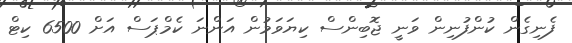
ފެނިގެން ކުންފުނިން ވަނީ ޖޮބިންސް ކިޔަވަމުން އަންނަ ކެމްޕަސް އަށް 6500 ކިޓް